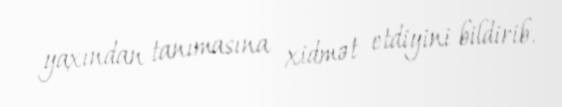
yaxından tanımasına xidmət etdiyini bildirib.